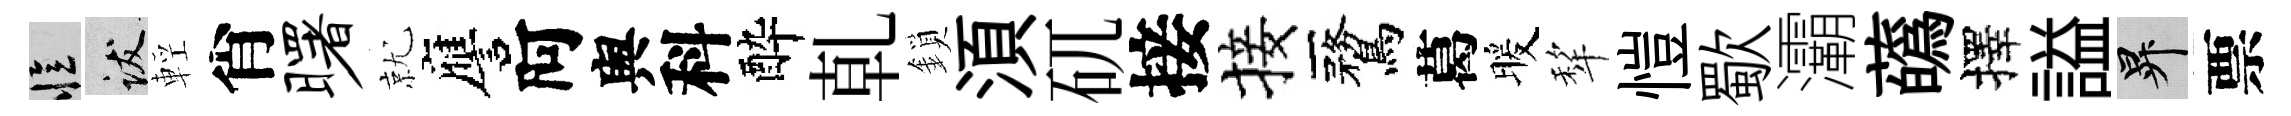
忆跋輕肖曙就譍阿舆科酔乹鎖湏矹接接鶩葛暖犂愷歜灞蘤擇謚升票